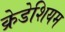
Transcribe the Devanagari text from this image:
क्रेडेशियम